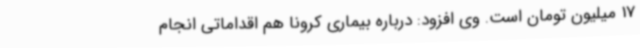
17 میلیون تومان است. وی افزود: درباره بیماری کرونا هم اقداماتی انجام